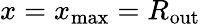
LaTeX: x=x_{\mathrm{max}}=R_{\mathrm{out}}